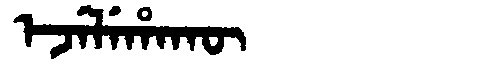
Manchu: ᡝᠵᡝᠯᡝᡥᠠᡴᡡ
Romanization: EJELEHAKŪ